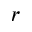
r